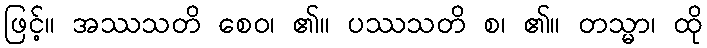
ဖြင့်။ အဿသတိ စေဝ၊ ၏။ ပဿသတိ စ၊ ၏။ တသ္မာ၊ ထို